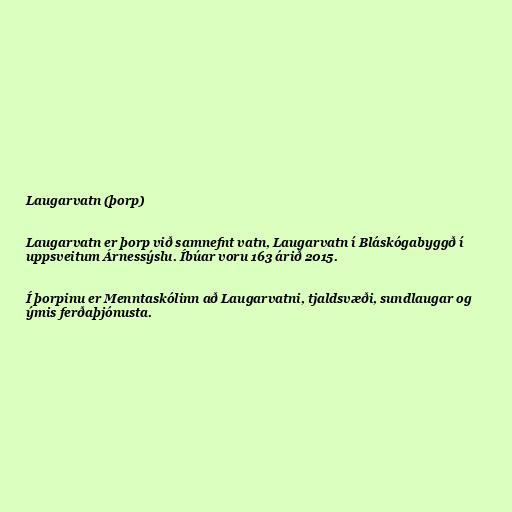
Laugarvatn (þorp)

Laugarvatn er þorp við samnefnt vatn, Laugarvatn í Bláskógabyggð í
uppsveitum Árnessýslu. Íbúar voru 163 árið 2015.

Í þorpinu er Menntaskólinn að Laugarvatni, tjaldsvæði, sundlaugar og
ýmis ferðaþjónusta.